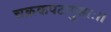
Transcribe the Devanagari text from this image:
चक्रकपटागुप्ताः।।